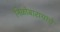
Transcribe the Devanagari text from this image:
निळोबारायांचे